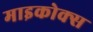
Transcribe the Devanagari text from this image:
माइकोक्स